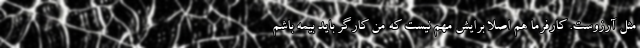
مثل آرزوست. کارفرما هم اصلا برایش مهم نیست که من کارگر باید بیمه باشم